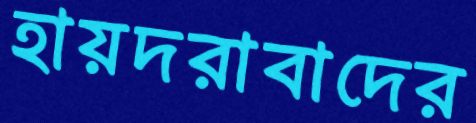
হায়দরাবাদের